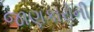
જાણકારોની